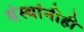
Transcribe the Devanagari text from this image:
संस्थांनीही